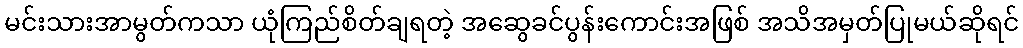
မင်းသားအာမွတ်ကသာ ယုံကြည်စိတ်ချရတဲ့ အဆွေခင်ပွန်းကောင်းအဖြစ် အသိအမှတ်ပြုမယ်ဆိုရင်